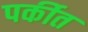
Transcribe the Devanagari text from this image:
पर्कीत